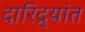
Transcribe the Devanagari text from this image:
दारिद्र्यांत